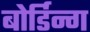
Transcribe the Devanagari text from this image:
बोर्डिन्ग